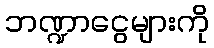
ဘဏ္ဍာငွေများကို